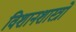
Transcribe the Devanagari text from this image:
विशानशास्त्रों